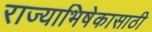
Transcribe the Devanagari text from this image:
राज्याभिषेकासाठी